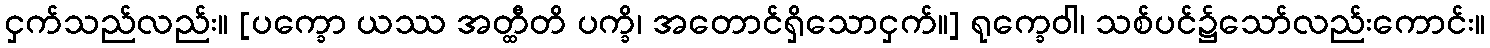
ငှက်သည်လည်း။ [ပက္ခော ယဿ အတ္ထီတိ ပက္ခိ၊ အတောင်ရှိသောငှက်။] ရုက္ခေဝါ၊ သစ်ပင်၌သော်လည်းကောင်း။